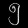
Digit: ၅